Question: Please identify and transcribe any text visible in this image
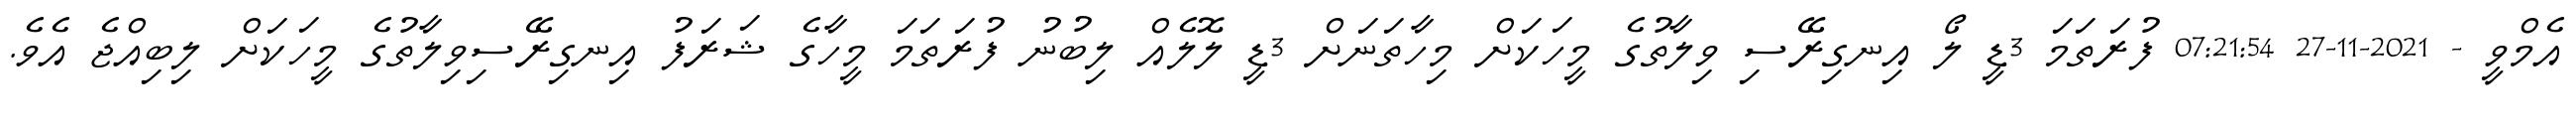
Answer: އެމްވީ - 2021-11-27 07:21:54 ފުރަތަމަ 3ޑީ ލޯ އިނގިރޭސި ވިލާތުގެ މީހަކަށް މިހާތަނަށް 3ޑީ ލޮލެއް ލިބުނު ފުރަތަމަ މީހާގެ ޝަރަފު އިނގިރޭސިވިލާތުގެ މީހަކަށް ލިބިއްޖެ އެވެ.